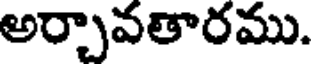
అర్చావతారము.